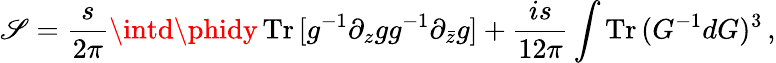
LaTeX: \mathscr{S}=\frac{{s}}{{2\pi}}\intd\phidy\, {\mathrm{{Tr}}}\, [g^{-1}\partial_{z}gg^{-1}\partial_{\bar{{z}}}g]+\frac{{is}}{{12\pi}}\int{\mathrm{{Tr}}}\, (G^{-1}dG)^{3}\, ,